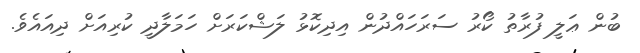
ބުން ޢަލީ ފުރާތު ކޯރު ސަރަހައްދުން އިދިކޮޅު ލަޝްކަރަށް ހަމަލާދީ ކުރިއަށް ދިއައެވެ.